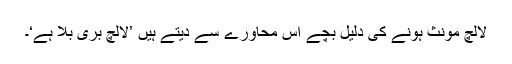
لالچ مونث ہونے کی دلیل بچے اس محاورے سے دیتے ہیں ’لالچ بُری بلا ہے‘۔